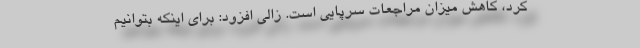
کرد، کاهش میزان مراجعات سرپایی است. زالی افزود: برای اینکه بتوانیم